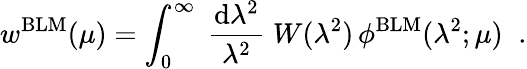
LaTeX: w^{\mathrm{BLM}}(\mu)=\int_{0}^{\infty}\; \frac{\mathrm{d}\lambda^{2}}{\lambda^{2}}\; W(\lambda^{2})\, \phi^{\mathrm{BLM}}(\lambda^{2};\mu)\; \; .